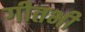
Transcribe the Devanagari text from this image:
गीतभी